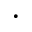
\bullet